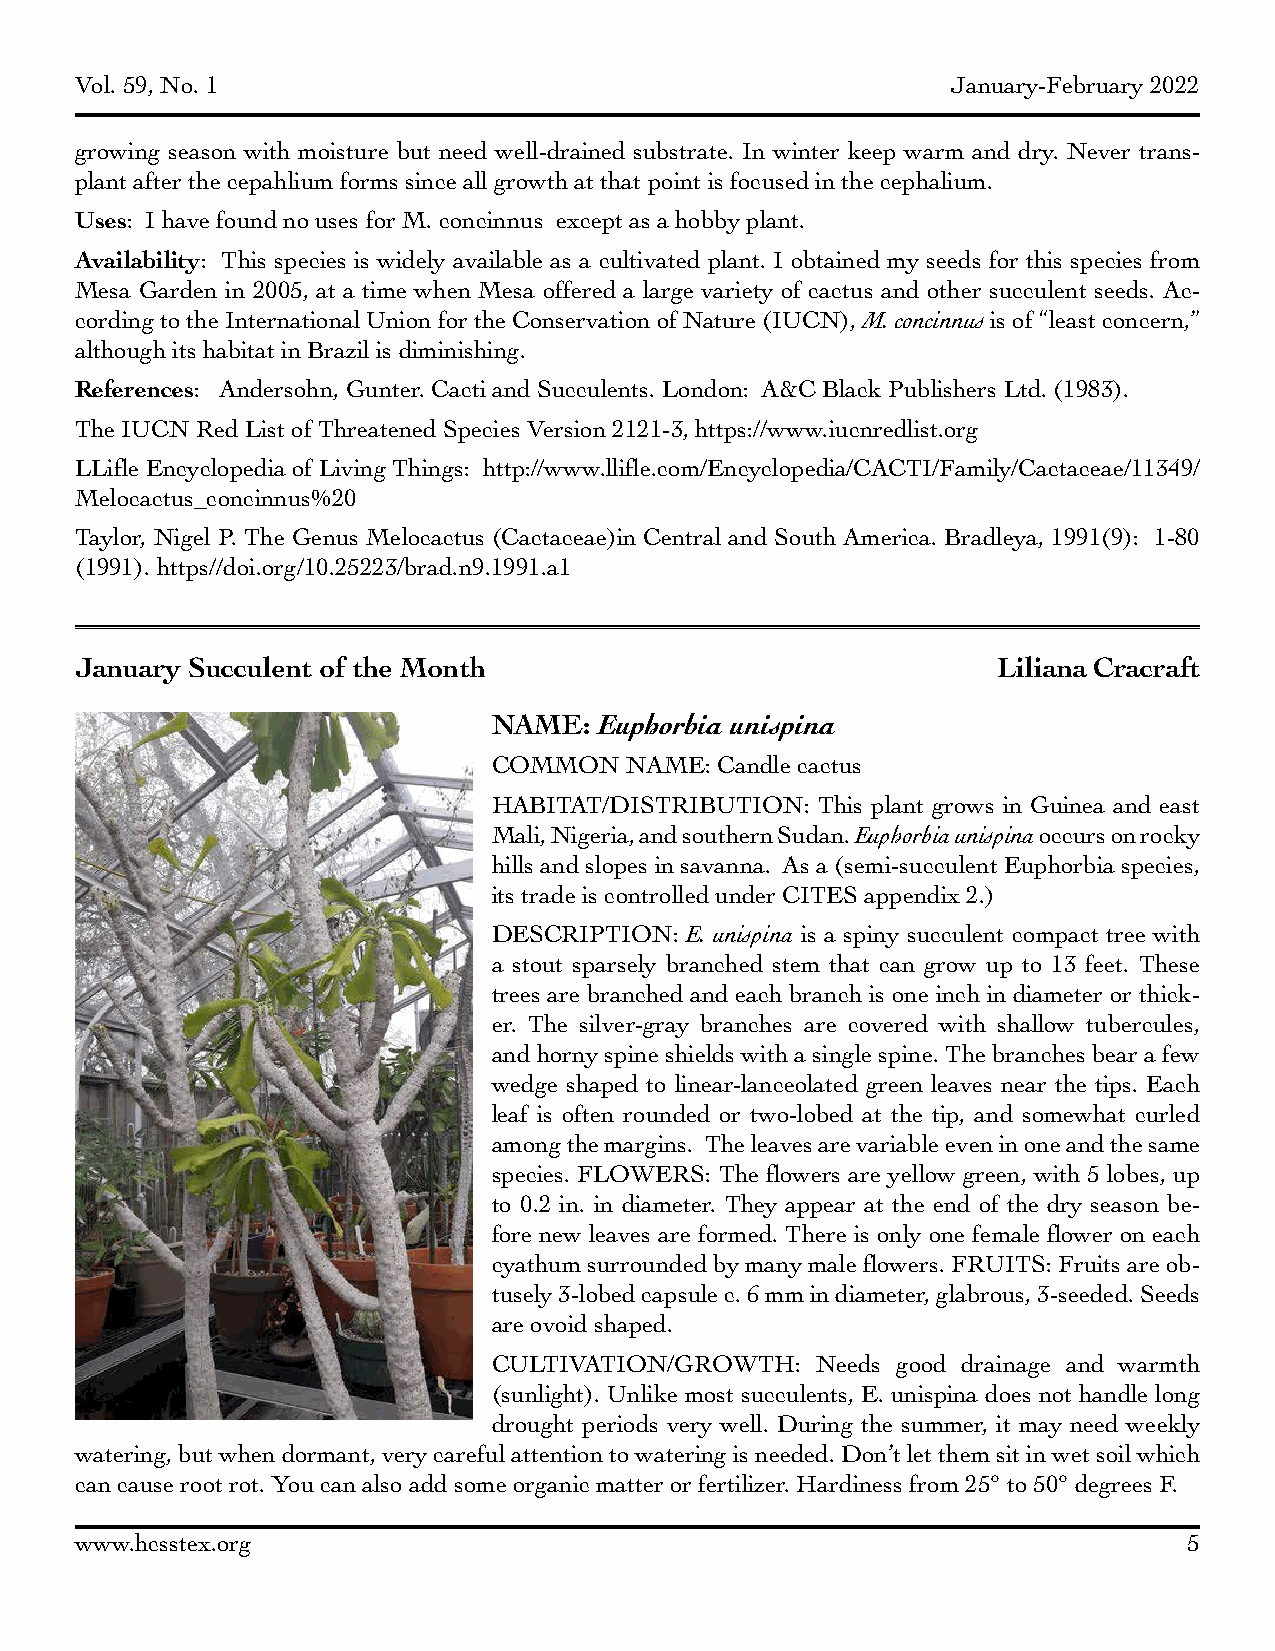
Vol. 59, No. 1                                            January-February 2022
 growing season with moisture but need well-drained substrate. In winter keep warm and dry. Never trans-
 plant after the cepahlium forms since all growth at that point is focused in the cephalium.
 Uses: I have found no uses for M. concinnus except as a hobby plant.
 Availability: This species is widely available as a cultivated plant. I obtained my seeds for this species from
 Mesa Garden in 2005, at a time when Mesa offered a large variety of cactus and other succulent seeds. Ac-
 cording to the International Union for the Conservation of Nature (IUCN), M. concinnus is of “least concern,”
 although its habitat in Brazil is diminishing.
 References: Andersohn, Gunter. Cacti and Succulents. London: A&C Black Publishers Ltd. (1983).
 The IUCN Red List of Threatened Species Version 2121-3, https://www.iucnredlist.org
 LLifle Encyclopedia of Living Things: http://www.llifle.com/Encyclopedia/CACTI/Family/Cactaceae/11349/
 Melocactus_concinnus%20
 Taylor, Nigel P. The Genus Melocactus (Cactaceae)in Central and South America. Bradleya, 1991(9): 1-80
 (1991). https//doi.org/10.25223/brad.n9.1991.a1
 January Succulent of the Month                               Liliana Cracraft
 NAME:  Euphorbia unispina
 COMMON  NAME: Candle cactus
 HABITAT/DISTRIBUTION: This plant grows in Guinea and east
 Mali, Nigeria, and southern Sudan. Euphorbia unispina occurs on rocky
 hills and slopes in savanna. As a (semi-succulent Euphorbia species,
 its trade is controlled under CITES appendix 2.)
 DESCRIPTION: E. unispina is a spiny succulent compact tree with
 a stout sparsely branched stem that can grow up to 13 feet. These
 trees are branched and each branch is one inch in diameter or thick-
 er. The silver-gray branches are covered with shallow tubercules,
 and horny spine shields with a single spine. The branches bear a few
 wedge shaped to linear-lanceolated green leaves near the tips. Each
 leaf is often rounded or two-lobed at the tip, and somewhat curled
 among the margins. The leaves are variable even in one and the same
 species. FLOWERS: The flowers are yellow green, with 5 lobes, up
 to 0.2 in. in diameter. They appear at the end of the dry season be-
 fore new leaves are formed. There is only one female flower on each
 cyathum surrounded by many male flowers. FRUITS: Fruits are ob-
 tusely 3-lobed capsule c. 6 mm in diameter, glabrous, 3-seeded. Seeds
 are ovoid shaped.
 CULTIVATION/GROWTH:  Needs good drainage and warmth
 (sunlight). Unlike most succulents, E. unispina does not handle long
 drought periods very well. During the summer, it may need weekly
 watering, but when dormant, very careful attention to watering is needed. Don’t let them sit in wet soil which
 can cause root rot. You can also add some organic matter or fertilizer. Hardiness from 25° to 50° degrees F.
 www.hcsstex.org                                                           5